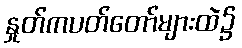
နှုတ်ကပတ်တော်များထဲ၌